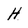
Character: H